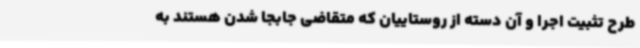
طرح تثبیت اجرا و آن دسته از روستاییان که متقاضی جابجا شدن هستند به